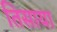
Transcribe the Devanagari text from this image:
तिसाया